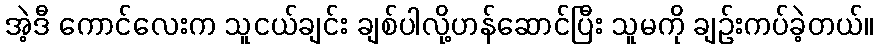
အဲ့ဒီ ကောင်လေးက သူငယ်ချင်း ချစ်ပါလို့ဟန်ဆောင်ပြီး သူမကို ချဉ်းကပ်ခဲ့တယ်။